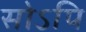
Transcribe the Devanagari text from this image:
सोऽपि